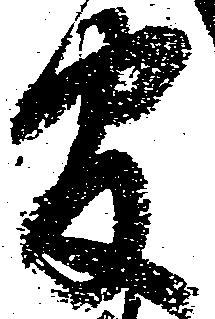
官